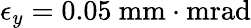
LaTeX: \epsilon_{y}=0.05\ \mathrm{mm\cdot mrad}